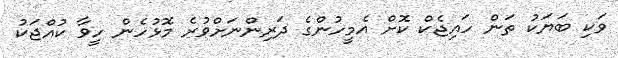
ވަކި ބަޔަކު ތަން ހައިޖެކް ކޮށް އެމީހުންގެ ދަރިންނަށްވުރެ މޮޅުހެން ހީވާ ކުއްޖަކު